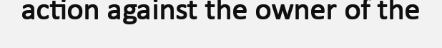
action against the owner of the